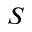
S